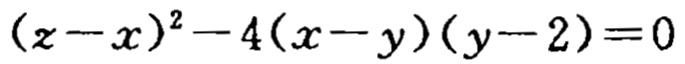
\((z - x)^{2}-4(x - y)(y - 2)=0\)